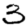
Digit: 3